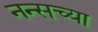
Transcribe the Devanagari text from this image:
नन्सच्या